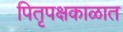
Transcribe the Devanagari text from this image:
पितृपक्षकाळात